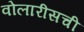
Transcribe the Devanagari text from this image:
वोलारीसची